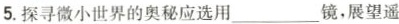
5.探寻微小世界的奥秘应选用___镜，展望遥